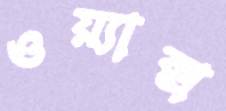
ওয়্যাক্স